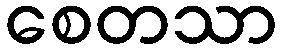
စေတသာ